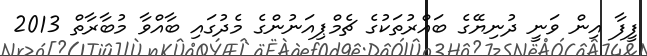
ފީފާ އިން ވަނީ ދުނިޔޭގެ ބައްރުތަކުގެ ޗެމްޕިއަނުންގެ މެދުގައި ބާއްވާ މުބާރާތް 2013